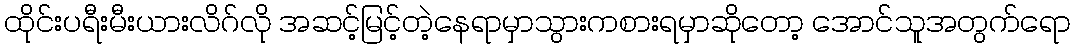
ထိုင်းပရီးမီးယားလိဂ်လို အဆင့်မြင့်တဲ့နေရာမှာသွားကစားရမှာဆိုတော့ အောင်သူအတွက်ရော